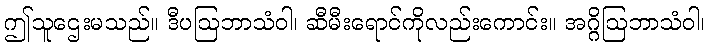
ဤသူဌေးမသည်။ ဒီပဩဘာသံဝါ၊ ဆီမီးရောင်ကိုလည်းကောင်း။ အဂ္ဂိဩဘာသံဝါ၊